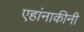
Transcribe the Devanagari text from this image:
एहांनाकीनी